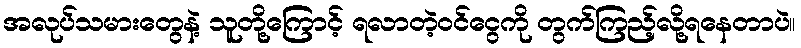
အလုပ်သမားတွေနဲ့ သူတို့ကြောင့် ရလာတဲ့ဝင်ငွေကို တွက်ကြည့်လို့ရနေတာပဲ။